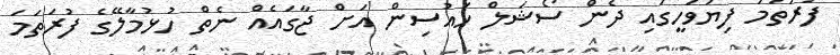
ފުރަތަމަ ފިޔަވަހީގައި ދެން ސޯޝަލް ހައުސިން އަށް ޖާގައެއް ނެތް ހުޅުމާލޭގެ ފުރަތަމަ